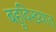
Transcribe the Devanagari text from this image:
बहूविख्यात